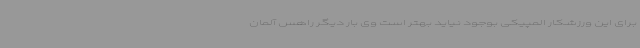
برای این ورزشکار المپیکی بوجود نیاید بهتر است وی بار دیگر راهس آلمان